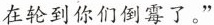
在轮到你们倒霉了。”